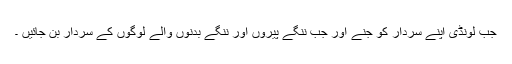
جب لونڈی اپنے سردار کو جنے اور جب ننگے پیروں اور ننگے بدنوں والے لوگوں کے سردار بن جائیں ۔